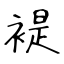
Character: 褆